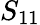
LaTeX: S_{11}